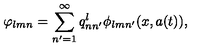
\varphi _ { l m n } = \sum _ { n ^ { \prime } = 1 } ^ { \infty } q _ { n n ^ { \prime } } ^ { l } \phi _ { l m n ^ { \prime } } ( x , a ( t ) ) ,